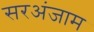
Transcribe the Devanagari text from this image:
सरअंजाम